Report of the Indian Hemp Drugs Commission, 1894-1895 - Volume V
Year: 1894
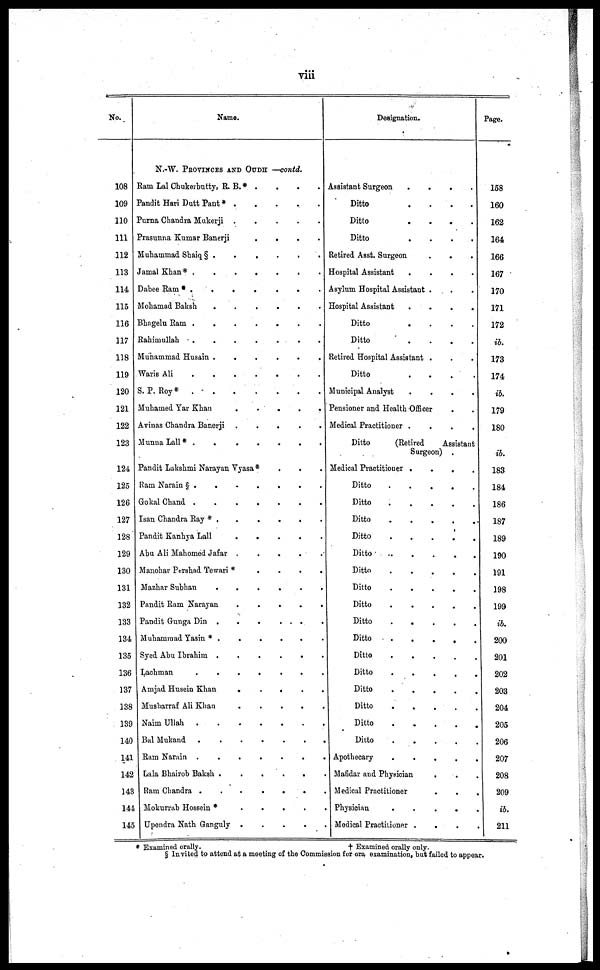
viii
No.
108
109
110
111
112
113
114
115
116
117
118
119
120
121
122
123
124
125
126
127
128
129
130
131
132
133
134
135
136
137
138
139
140
141
142
143
144
145
Name.
N.-W. PROVINCES AND OUDH —contd.
Ram Lal Chukerbutty, R. B. * .
.
.
. .
Pandit Hari Dutt Pant *
.
.
.
.
.
Purna Chandra Mukerji .
.
.
.
.
Prasunna Kumar Banerji
.
.
.
.
Muhammad Shaiq § .
.
.
.
.
.
Jamal Khan* .
.
.
.
.
.
.
Dabee Ram .
.
.
.
.
.
Mohamad Baksh
.
.
.
.
.
.
Bhagelu Ram .
.
.
.
.
.
.
Rahimullah
.
.
.
.
.
.
.
Muhammad Husain .
.
.
.
.
.
Waris Ali
.
.
.
.
.
.
S. P. Roy*
.
.
.
.
.
.
Muhamed Yar Khan
.
.
.
.
.
.
Avinas Chandra Banerji .
.
.
.
.
Munna Lall *
.
.
.
.
.
.
Pandit Lakshmi Narayan Vyasa * . . .
Ham Narain § . . . . . . .
Gokal Chand
.
.
.
.
.
.
Isan Chandra Ray * . . . . . .
Pandit Kanhya Lall
.
.
.
.
.
Abu Ali Mahomed Jafar .
.
.
.
.
Manohar Pershad Tewari * . . . .
Mazhar Subhan
.
.
.
.
.
.
Pandit Ram Narayan
.
.
.
.
.
.
Pandit Gunga Din .
.
.
.
.
.
Muhammad Yasin * .
.
.
.
.
.
Syed Abu Ibrahim .
.
.
.
.
.
Lachman
.
.
.
.
.
.
.
Amjad Husein Khan
.
.
.
.
.
Musharraf Ali Khan
.
.
.
.
.
Naim Ullah
.
.
.
.
.
.
Bal Mukand
.
.
.
.
.
.
Ram Narain .
.
.
.
.
.
.
Lala Bhairob Baksh
.
.
.
.
.
.
Ram Chandra
.
.
.
.
.
.
Mokurrab Hossein *
.
.
.
.
.
.
Upendra Nath Ganguly
.
.
.
.
.
.
Designation.
Assistant Surgeon
.
.
.
.
Ditto
.
.
. .
Ditto
.
.
.
.
Ditto
.
.
.
.
Retired Asst. Surgeon . . .
Hospital Assistant
.
.
.
.
Asylum Hospital Assistant . . .
Hospital Assistant
.
.
.
.
Ditto
.
.
.
.
Ditto
.
.
.
.
Retired Hospital Assistant . . .
Ditto
.
.
.
.
Municipal Analyst
.
.
.
.
Pensioner and Health Officer
Medical Practitioner .
.
.
.
Ditto
(Retired
Assistant
Surgeon) .
Medical Practitioner .
.
.
.
Ditto
.
.
.
.
.
.
Ditto
.
.
.
.
.
.
Ditto
.
.
.
.
.
.
Ditto
.
.
.
.
.
.
Ditto
.
.
.
.
.
.
Ditto
.
.
.
.
.
.
Ditto
.
.
.
.
.
.
Ditto
.
.
.
.
.
.
Ditto
.
.
.
.
.
.
Ditto
.
.
.
.
.
.
Ditto
.
.
.
.
.
.
Ditto
.
.
.
.
.
.
Ditto
.
.
.
.
Ditto
.
.
.
. .
Ditto
.
.
.
. .
Ditto
.
.
.
. .
Apothecary
.
.
.
. .
Mafidar and Physician
. .
Medical Practitioner
.
.
Physician
.
.
.
.
Medical Practitioner . . .
Page.
158
160
162
164
166
167
170
171
172
ib.
173
174
ib.
179
180
ib.
183
184
186
187
189
190
191
198
199
ib.
200
201
202
203
204
205
206
207
208
209
ib.
211
* Examined orally.
†
Examined orally only.
§ Invited to attend at a meeting of the Commission for ora examination, but failed to appear.